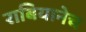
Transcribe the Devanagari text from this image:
राबियानेच